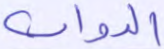
الدواب